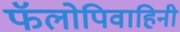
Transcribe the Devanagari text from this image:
फॅलोपिवाहिनी